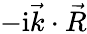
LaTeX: -\mathrm{i}\vec{k}\cdot\vec{R}